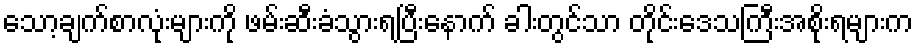
သော့ချက်စာလုံးများကို ဖမ်းဆီးခံသွားရပြီးနောက် ခါးတွင်သာ တိုင်းဒေသကြီးအစိုးရများက